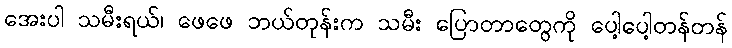
အေးပါ သမီးရယ်၊ ဖေဖေ ဘယ်တုန်းက သမီး ပြောတာတွေကို ပေါ့ပေါ့တန်တန်